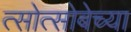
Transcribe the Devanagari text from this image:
त्सोत्सोबेच्या